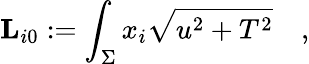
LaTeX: {\mathbf L}_{i0}:=\int_{\Sigma}x_{i}\sqrt{u^{2}+T^{2}}\quad,